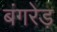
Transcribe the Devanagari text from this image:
बंगरेड़